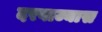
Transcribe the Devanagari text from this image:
दरवाज्यास